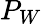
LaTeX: P_{W}